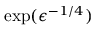
\exp ( \epsilon ^ { - 1 / 4 } )